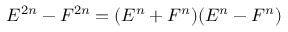
E ^ { 2 n } - F ^ { 2 n } = ( E ^ { n } + F ^ { n } ) ( E ^ { n } - F ^ { n } )